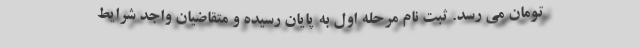
تومان می رسد. ثبت نام مرحله اول به پایان رسیده و متقاضیان واجد شرایط